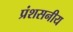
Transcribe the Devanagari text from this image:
प्रंशसनीय